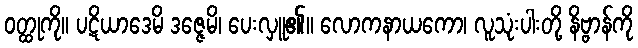
ဝတ္ထုကို။ ပဋိယာဒေမိ ဒဇ္ဇေမိ၊ ပေးလှူ၏။ လောကနာယကော၊ လူသုံးပါးတို့ နိဗ္ဗာန်ကို